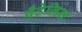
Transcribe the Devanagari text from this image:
पँटेलिस